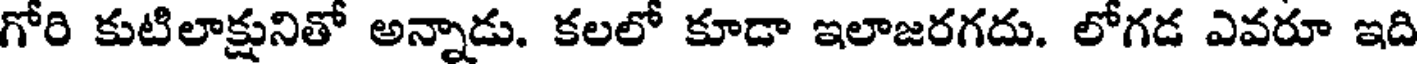
గోరి కుటిలాక్షునితో అన్నాడు. కలలో కూడా ఇలాజరగదు. లోగడ ఎవరూ ఇది